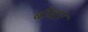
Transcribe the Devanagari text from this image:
बौवार